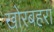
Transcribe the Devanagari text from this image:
खोरबहरा